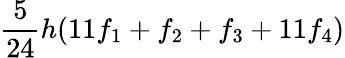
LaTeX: {\frac{5}{24}}h(11f_{1}+f_{2}+f_{3}+11f_{4})